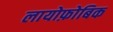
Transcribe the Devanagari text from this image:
लायोफ़ोबिक